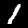
Digit: 1